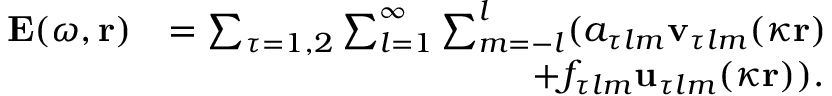
\begin{array} { r l } { \mathbf { E } ( \omega , \mathbf { r } ) } & { = \sum _ { \tau = 1 , 2 } \sum _ { l = 1 } ^ { \infty } \sum _ { m = - l } ^ { l } ( a _ { \tau l m } \mathbf { v } _ { \tau l m } ( \kappa \mathbf { r } ) } \\ & { \qquad \qquad \qquad \qquad \qquad + f _ { \tau l m } \mathbf { u } _ { \tau l m } ( \kappa \mathbf { r } ) ) . } \end{array}